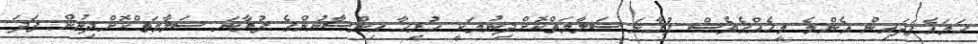
ހަމައެފަދައިން އެންމެ މީހެއްގެވެސް ފުރާނަ ސަލާމަތްކޮށްދިނުމަކީ ހުރިހާ އިންސާނުންގެ ފުރާނަ ސަލާމަތްކޮށްދިނުން ފަދަ